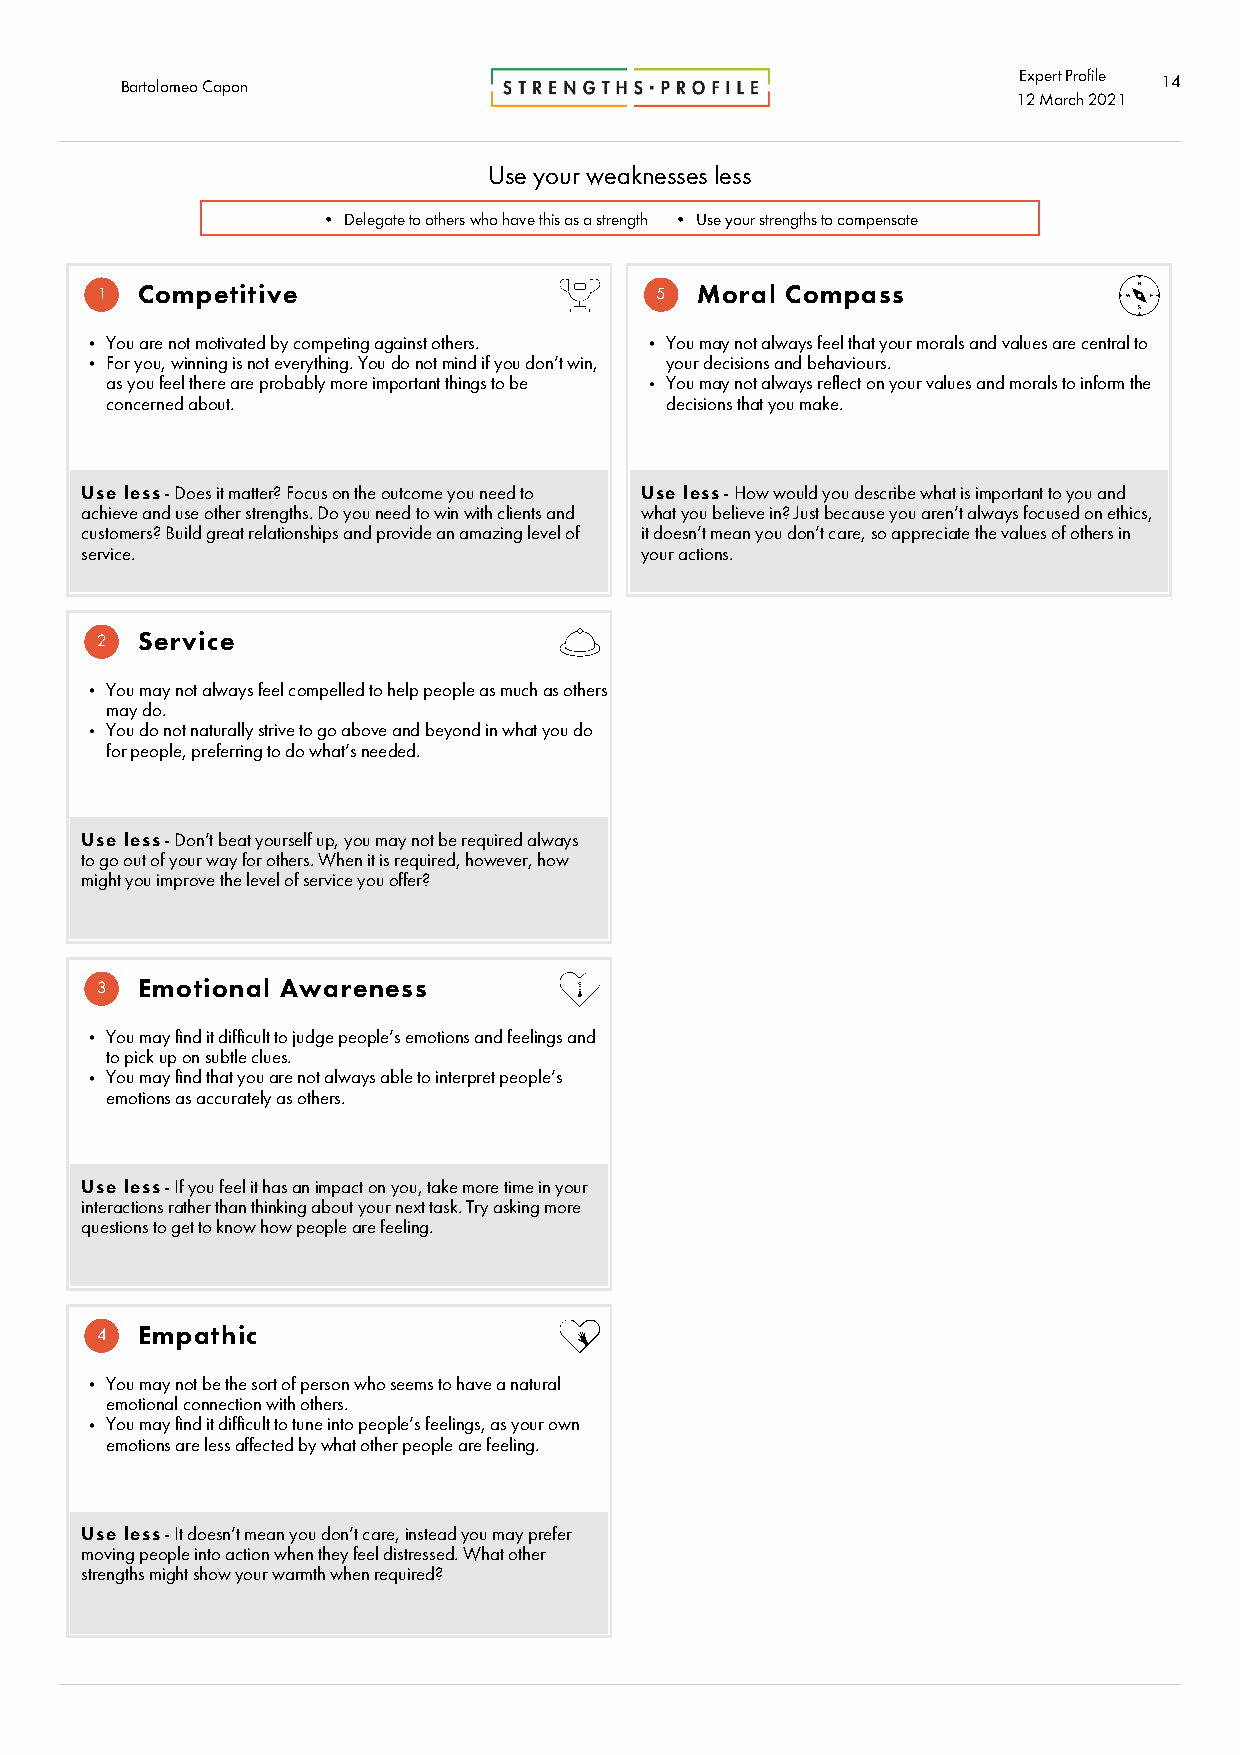
Barto lomeo Capon                                          Expert Profile 14
 12 Marc h2021
 Use your weaknesses less
 • Delegate to others who have this as a strength • Use your strengths to compensate
 1  Competitive                       5  Moral Compass
 You are not motivated by competing against others. You may not always feel that your morals and values are central to
 For you, winning is not everything. You do not mind if you don’t win, your decisions and behaviours.
 as you feel there are probably more important things to be You may not always reflect on your values and morals to inform the
 concerned about.                     decisions that you make.
 Use less - Does it matter? Focus on the outcome you need to Use less - How would you describe what is important to you and
 achieve and use other strengths. Do you need to win with clients and what you believe in? Just because you aren’t always focused on ethics,
 customers? Build great relationships and provide an amazing level of it doesn’t mean you don’t care, so appreciate the values of others in
 service.                             your actions.
 2  Service
 You may not always feel compelled to help people as much as others
 may do.
 You do not naturally strive to go above and beyond in what you do
 for people, preferring to do what’s needed.
 Use less - Don’t beat yourself up, you may not be required always
 to go out of your way for others. When it is required, however, how
 might you improve the level of service you offer?
 3  Emotional Awareness
 You may find it difficult to judge people’s emotions and feelings and
 to pick up on subtle clues.
 You may find that you are not always able to interpret people’s
 emotions as accurately as others.
 Use less - If you feel it has an impact on you, take more time in your
 interactions rather than thinking about your next task. Try asking more
 questions to get to know how people are feeling.
 4  Empathic
 You may not be the sort of person who seems to have a natural
 emotional connection with others.
 You may find it difficult to tune into people’s feelings, as your own
 emotions are less affected by what other people are feeling.
 Use less - It doesn’t mean you don’t care, instead you may prefer
 moving people into action when they feel distressed. What other
 strengths might show your warmth when required?